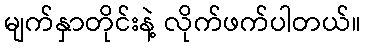
မျက်နှာတိုင်းနဲ့ လိုက်ဖက်ပါတယ်။